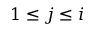
1 \le j \le i